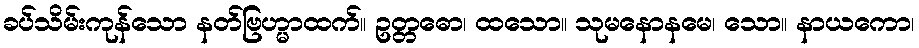
ခပ်သိမ်းကုန်သော နတ်ဗြဟ္မာထက်။ ဥတ္တဓော၊ ထသော။ သုမနောနမေ၊ သော။ နာယကော၊